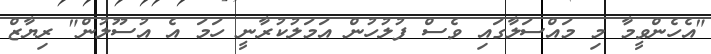
"އެހެންވީމާ މި މައްސަލާގައި ވެސް ފުލުހުން އަމަލުކުރާނީ ހަމަ އެ އުސޫލުން" ރިޔާޒް